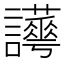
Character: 𧮉